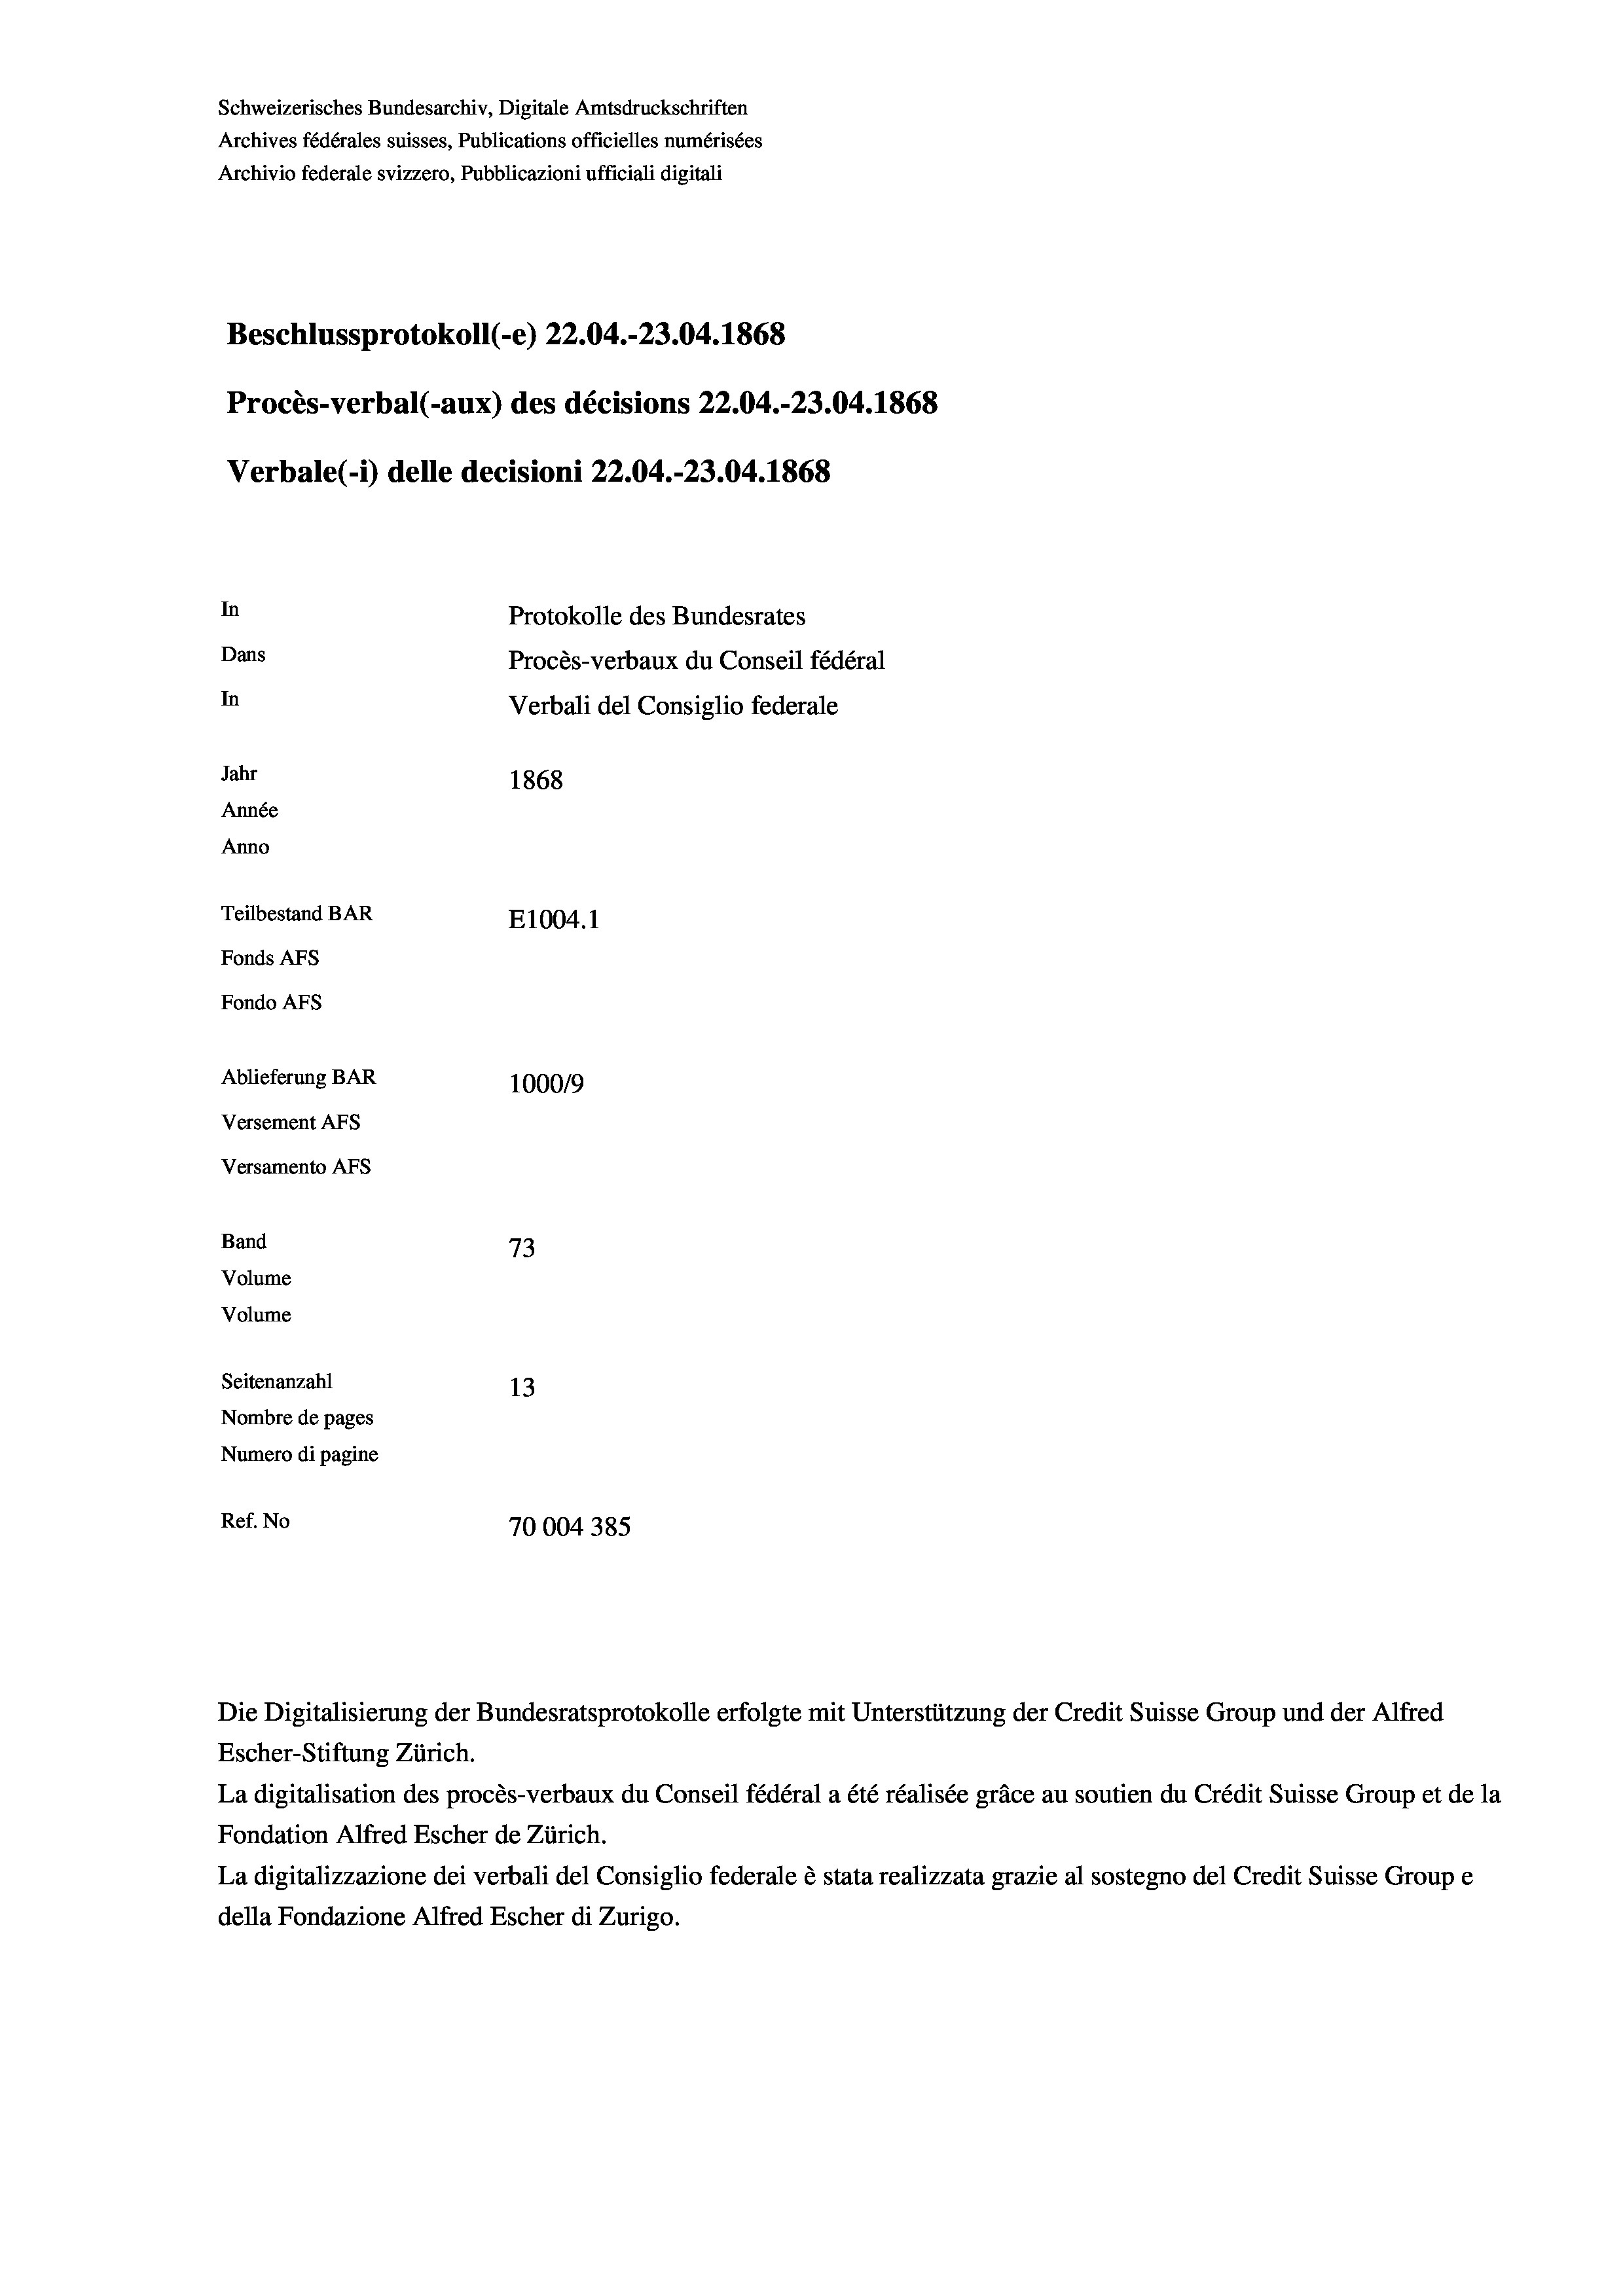
Schweizerisches Bundesarchiv, Digitale Amtsdruckschriften
Archives fédérales suisses, Publications officielles numérisées
Archivio federale svizzero, Pubblicazioni ufficiali digitali
Beschlussprotokoll (-e) 22.04.-23.04. 1868
Procès-verbal (-aux) des décisions 22.04.-23.04. 1868
Verbale(-*) delle decisioni 22.04.-23.04. 1868
In
Protokolle des Bundesrates
Dans
Procès-verbaux du Conseil fédéral
In
Verbali del Consiglio federale
Jahr
1868
Année
Anno
Teilbestand BAR
E1004. 1
Fonds AFs
Fondo AFS
Ablieferung BAR
100019
Versement AFs
Versamento AFs
Band
73
Volume
Volume
Seitenanzahl
13
Nombre de pages
Numero di pagine
Ref. No
70004 385

Escher-Stiftung Zürich.
La digitalisation des procès-verbaux du Conseil fédéral a été réalisée gräce au soutien du Crédit Suisse Group et de la
Fondation Alfred Escher de Zürich.
La digitalizzazione dei verbali del Consiglio federale è stata realizzata grazie al sostegno del Credit Suisse Groupe
della Fondazione Alfred Escher di Zurigo.

Die Digitalisierung der Bundesratsprotokolle erfolgte mit Unterstützung der Credit Suisse Group und der Alfred